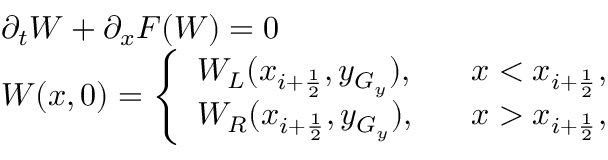
\begin{array} { l l } { \partial _ { t } W + \partial _ { x } F ( W ) = 0 } \\ { W ( x , 0 ) = \left\{ \begin{array} { l l } { W _ { L } ( x _ { i + \frac { 1 } { 2 } } , y _ { G _ { y } } ) , } & { \; \; \; x < x _ { i + \frac { 1 } { 2 } } , } \\ { W _ { R } ( x _ { i + \frac { 1 } { 2 } } , y _ { G _ { y } } ) , } & { \; \; \; x > x _ { i + \frac { 1 } { 2 } } , } \end{array} \right. } \end{array}